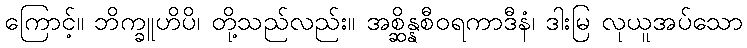
ကြောင့်။ ဘိက္ခူဟိပိ၊ တို့သည်လည်း။ အစ္ဆိန္နစီဝရကာဒီနံ၊ ဒါးမြ လုယူအပ်သော